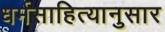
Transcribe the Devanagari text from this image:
धर्मसाहित्यानुसार